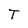
Character: T